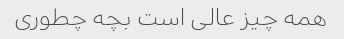
همه چیز عالی است بچه چطوری